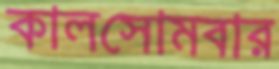
কালসোমবার